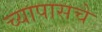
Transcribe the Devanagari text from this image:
च्यापासचे